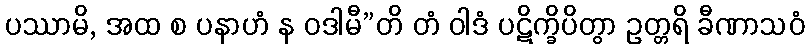
ပဿာမိ, အထ စ ပနာဟံ န ဝဒါမီ”တိ တံ ဝါဒံ ပဋိက္ခိပိတွာ ဥတ္တရိ ခီဏာသဝံ